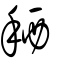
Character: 𢬣